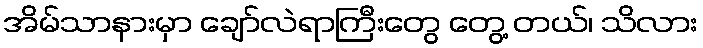
အိမ်သာနားမှာ ချော်လဲရာကြီးတွေ တွေ့ တယ်၊ သိလား